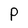
Character: P